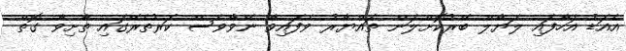
އެއަޑު އަހާފައި ލަޔާލް ބޭރުކޮށްލަން ތައްޔާރު ވެފައިވާ ނޭވާވެސް ކަރުތެރޭގައި ތާށިވާ ގޮތް